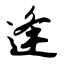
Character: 逢